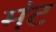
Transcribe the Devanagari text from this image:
मंट